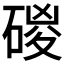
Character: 𥓻